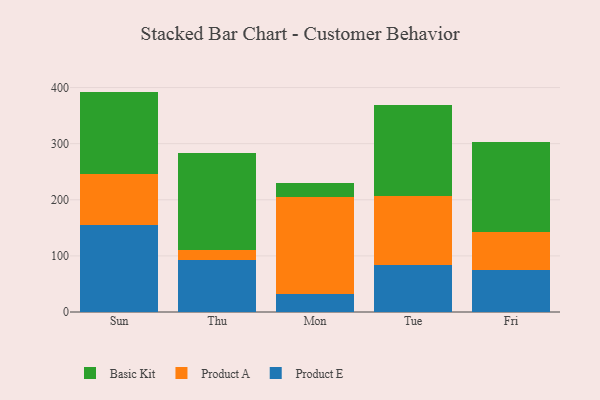
{"axis": {"x": "Day", "y": "Tickets Resolved"}, "legend": ["Basic Kit", "Product A", "Product E"], "data": [{"x": "Sun", "y": 154.8, "type": "Product E"}, {"x": "Sun", "y": 91.9, "type": "Product A"}, {"x": "Sun", "y": 146.1, "type": "Basic Kit"}, {"x": "Thu", "y": 92.9, "type": "Product E"}, {"x": "Thu", "y": 16.9, "type": "Product A"}, {"x": "Thu", "y": 173.1, "type": "Basic Kit"}, {"x": "Mon", "y": 31.2, "type": "Product E"}, {"x": "Mon", "y": 173.6, "type": "Product A"}, {"x": "Mon", "y": 25.7, "type": "Basic Kit"}, {"x": "Tue", "y": 83.5, "type": "Product E"}, {"x": "Tue", "y": 122.9, "type": "Product A"}, {"x": "Tue", "y": 162.4, "type": "Basic Kit"}, {"x": "Fri", "y": 75.6, "type": "Product E"}, {"x": "Fri", "y": 66.5, "type": "Product A"}, {"x": "Fri", "y": 160.3, "type": "Basic Kit"}]}